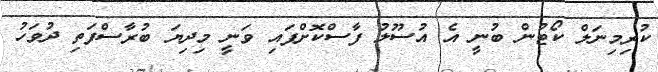
ކުރިމިނަލް ކޯޓުން ބުނީ އެ އުސޫލު ފާސްކޮށްފައި ވަނީ މިދިޔަ ބުރާސްފަތި ދުވަހު